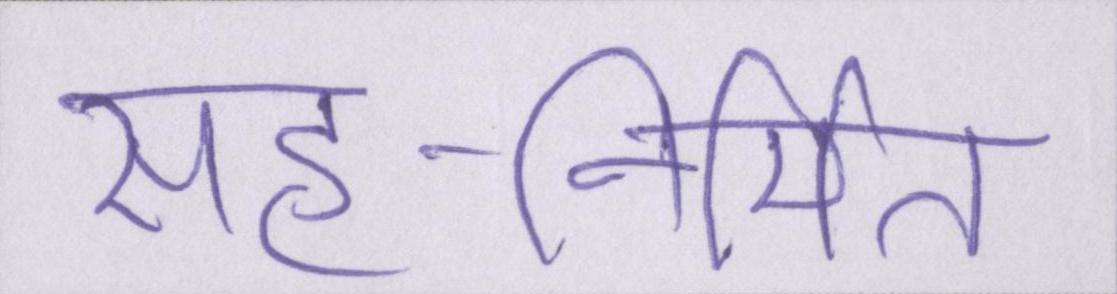
सह-निर्मित